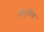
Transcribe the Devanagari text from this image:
सिमुलिया